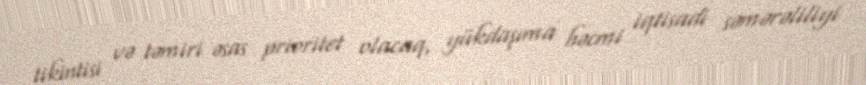
tikintisi və təmiri əsas prioritet olacaq, yükdaşıma həcmi iqtisadi səmərəliliyi